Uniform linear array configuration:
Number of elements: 4
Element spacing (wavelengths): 0.25
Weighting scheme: hamming
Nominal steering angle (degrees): -45
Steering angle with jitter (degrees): -45.429
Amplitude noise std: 0.05
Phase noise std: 0.05

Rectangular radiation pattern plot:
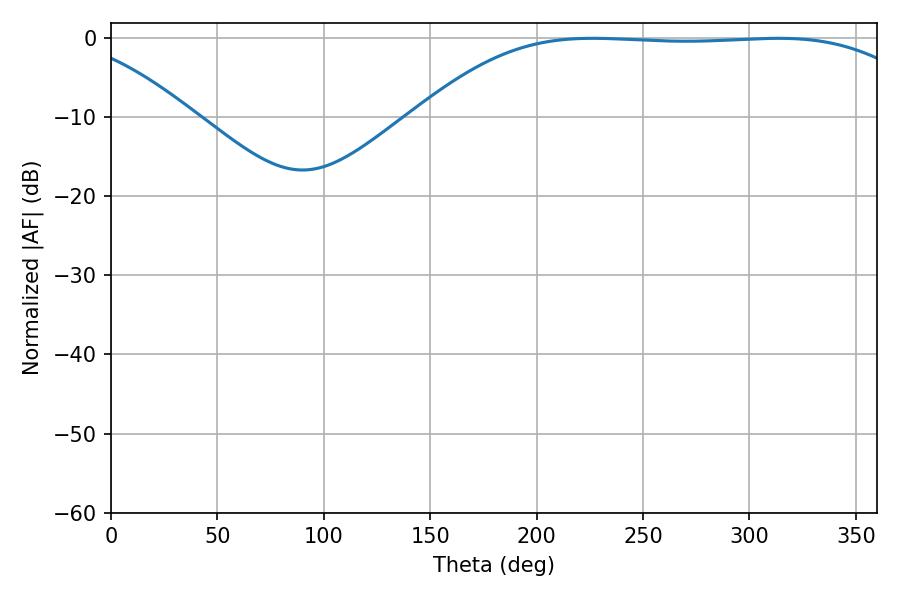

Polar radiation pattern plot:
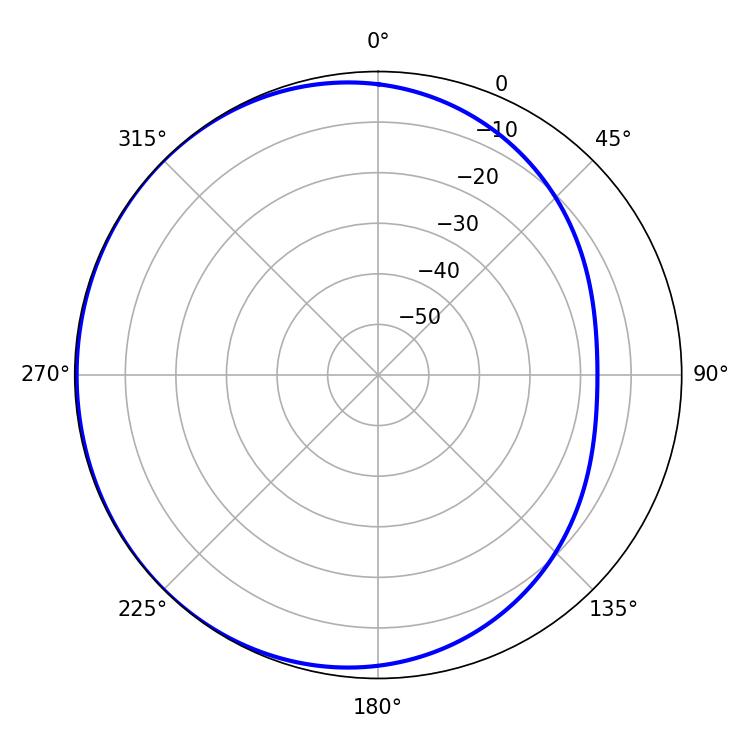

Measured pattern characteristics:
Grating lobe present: FALSE
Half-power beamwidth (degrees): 183.78
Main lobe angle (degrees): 226.44